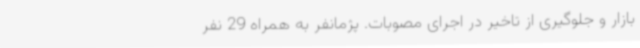
بازار و جلوگیری از تاخیر در اجرای مصوبات. پژمانفر به همراه 29 نفر